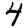
Digit: 4